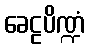
ခေဠပိဏ္ဍံ